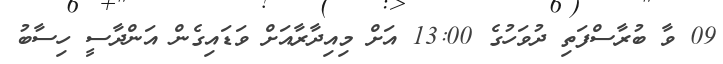
09 ވާ ބުރާސްފަތި ދުވަހުގެ 13:00 އަށް މިއިދާރާއަށް ވަޑައިގެން އަންދާސީ ހިސާބު